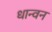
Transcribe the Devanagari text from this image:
धान्वन